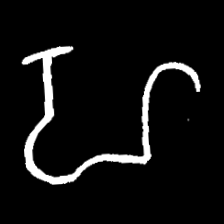
Pyu character \u2014 Myanmar letter: ဟ (romanized: ha)